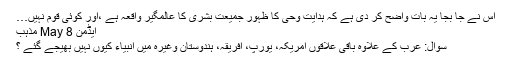
اس نے جا بجا یہ بات واضح کر دی ہے کہ ہدایت وحی کا ظہور جمیعت بشری کا عالمگیر واقعہ ہے ،اور کوئی قوم نہیں…
ایڈمن 8 May مذہب
سوال: عرب کے علاوہ باقی علاقوں امریکہ، یورپ، افریقہ، ہندوستان وغیرہ میں انبیاء کیوں نہیں بھیجے گئے ؟